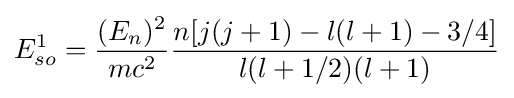
E_{so}^{1}={\frac {(E_{n})^{2}}{mc^{2}}}{\frac {n[j(j+1)-l(l+1)-3/4]}{l(l+1/2)(l+1)}}